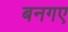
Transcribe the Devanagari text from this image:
बनगए